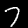
Label: 7